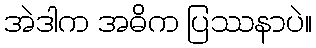
အဲဒါက အဓိက ပြဿနာပဲ။